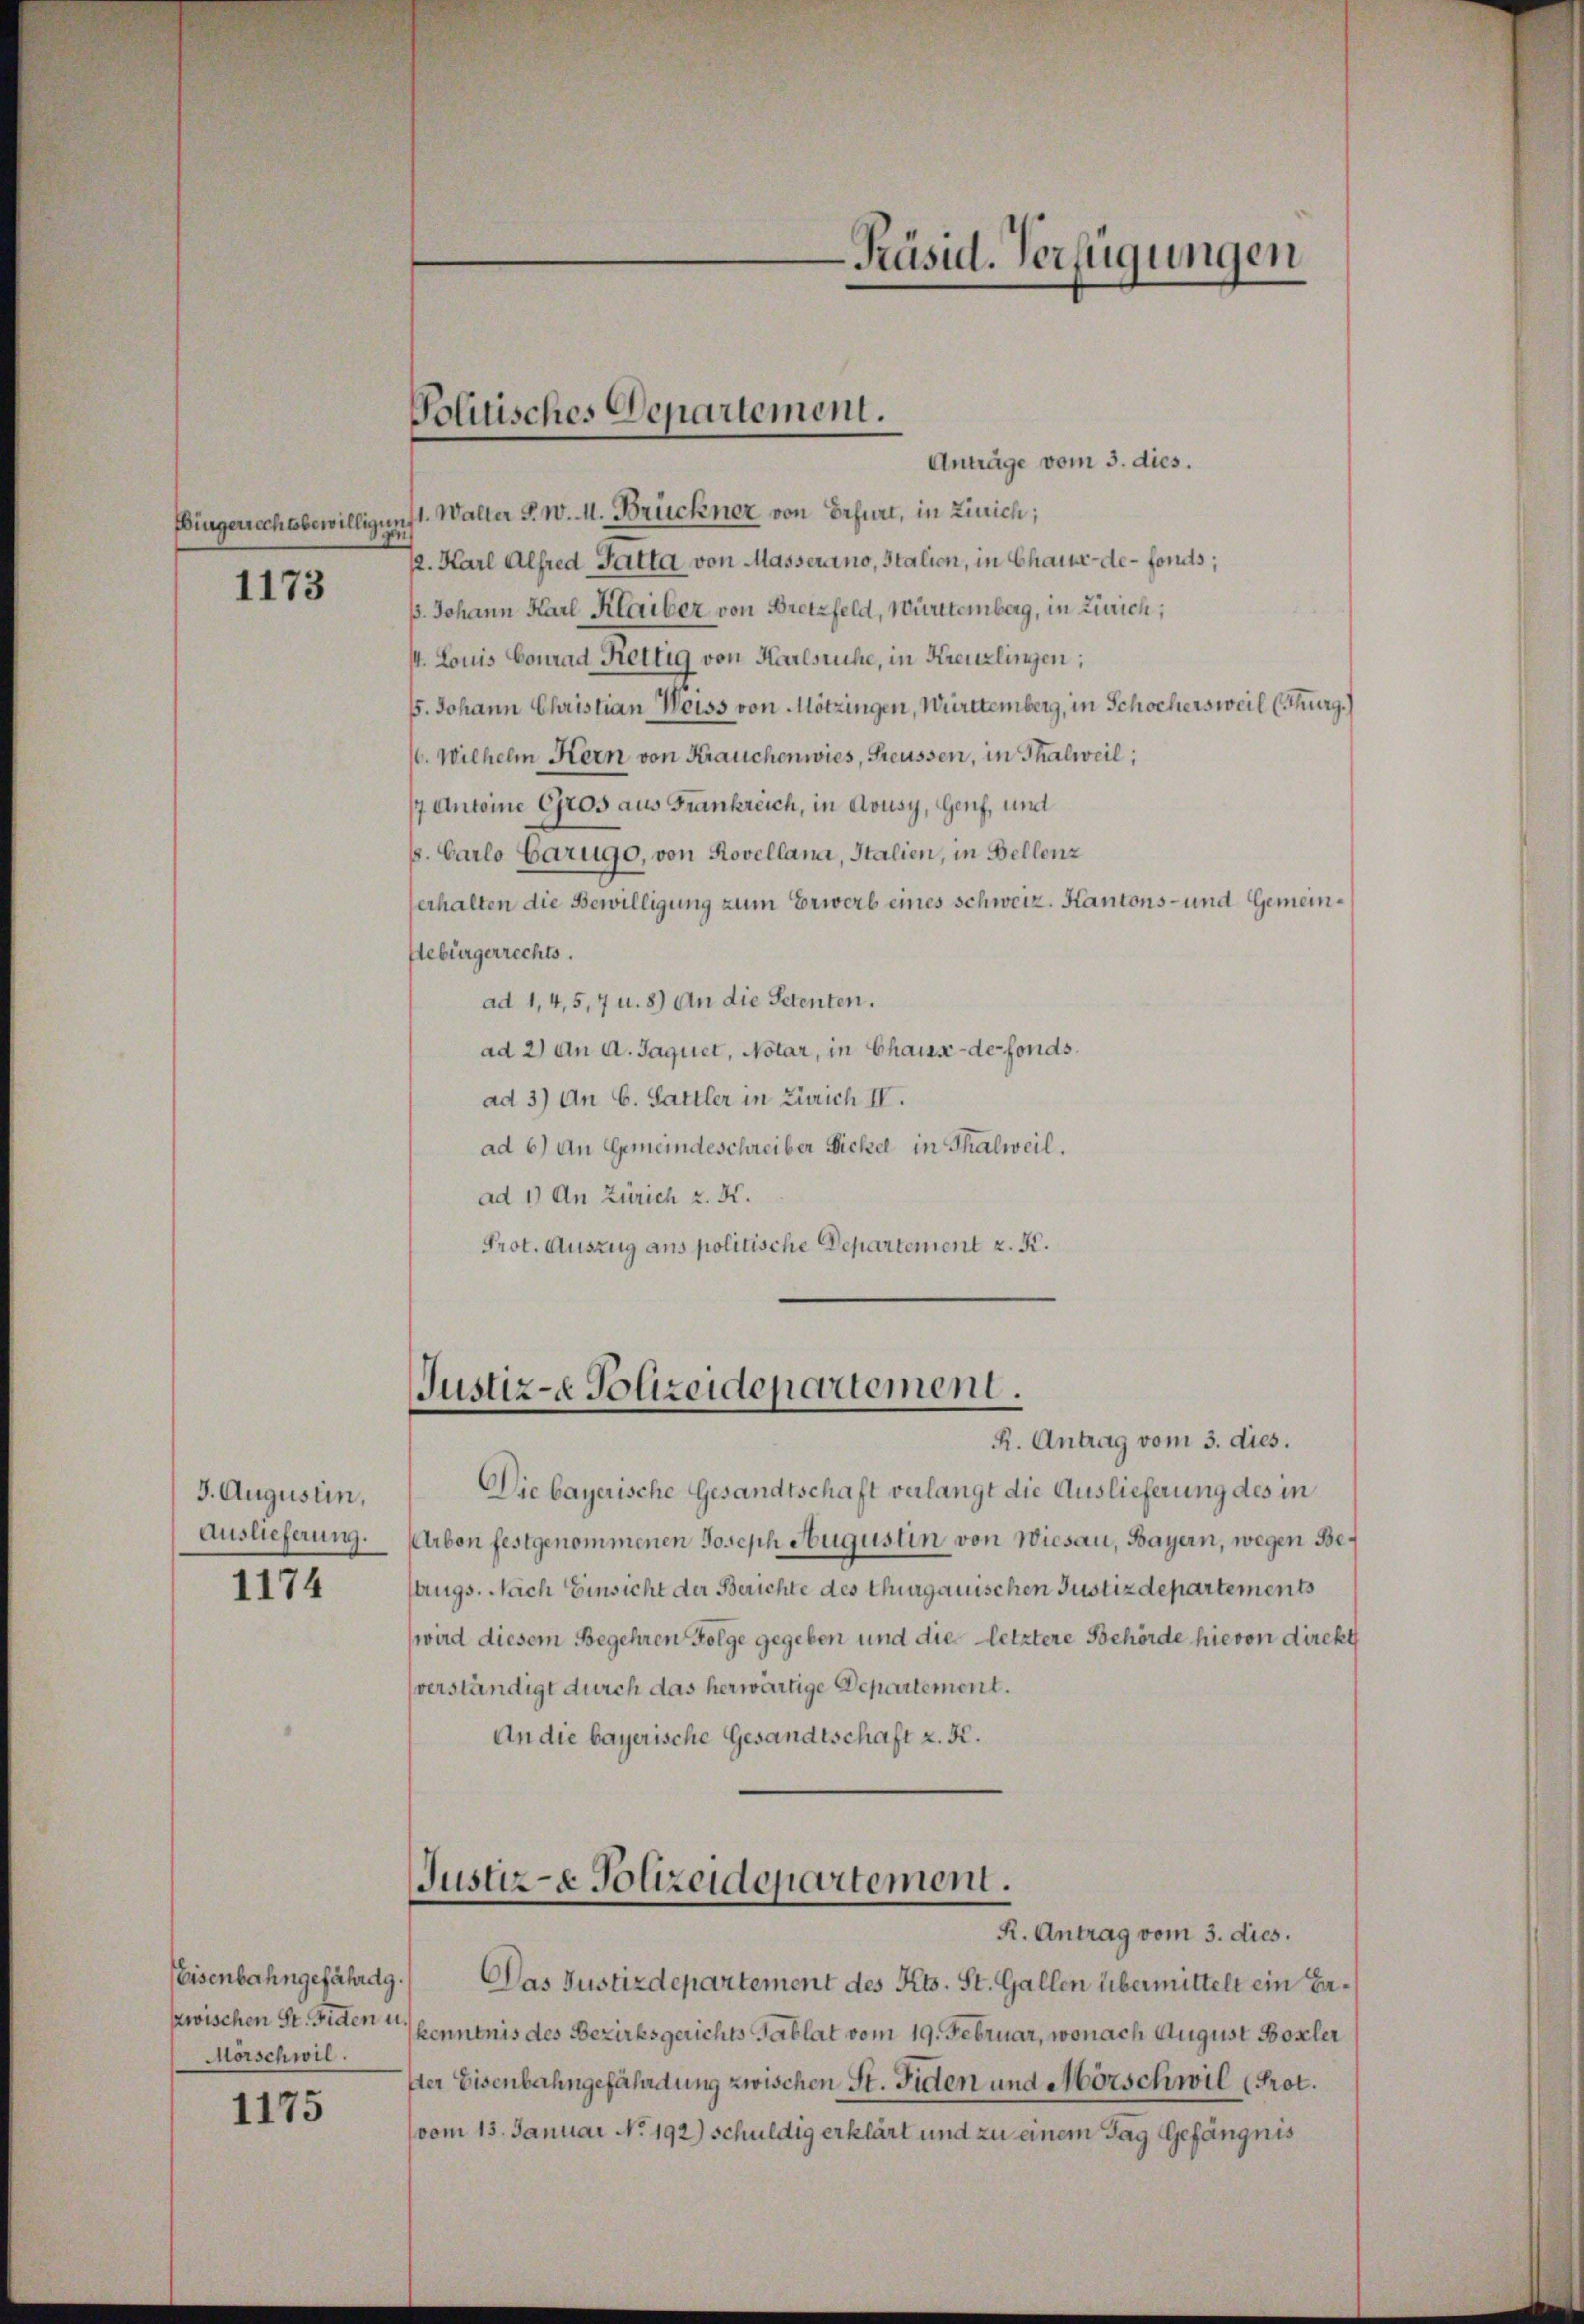
Ebingerrechtsbewilligun

1173

J. Augustin,
Auslieferung.
1174

Anträge vom 3. dies.
1. Walter s. w. M. Brückner von Erfurt, in Zürich;
u
2. Karl Alfred Gatta, von Masserano, Italien, in Chaux-de-Forts;
ß. Johann Karl Klaiber von Bretzfeld, Württemberg, in Zürich;
4. Louis Conrad Kettig von Harlsruhe, in Kreuzlingen;
55. Johann Christian Weiss von Mötzingen, Württemberg, in Schochersweil (Thurg.)
6. Wilhelm Kern von Krauchenwies, Freussen, in Thalweil;
7 Antoine Gros aus Frankreich, in dousy, Genf, und
s. Carlo Garugo, von Rovellana, Italien, in Bellenz
erhalten die Bewilligung zum Erwerb eines Schweiz. Kantons- und Gemein¬
Gebürgerrechts.
ad 1, 4, 5,7 u. 8) An die Petenten.
ad 2) an d. Jaquet, Notar, in Chaus-defonds.
ad 3) An G. Sattler in Zürich IV.
ad 6) An Gemeindeschreiber Dickel in Thalweil.
ad 1) An Zürich z. K.
Prot. Auszug aus politische Departement z. K.

Eisenbahngefährdg.
zwischen St. Fiden u.
Morschwil.

1175

Politisches Departement.

Justiz- Polizeidepartement.

-Präsid. Verfügungen

R. Antrag vom 3. dies.
Die bayerische Gesandtschaft verlangt die Auslieferung des in
Arbon festgenommenen Joseph Augustin von Wiesau, Bayern, wegen Beugs. Nach Einsicht der Berichte des Thurgauischen Justizdepartements
(wird diesem Begehren Folge gegeben und die letztere Behörde hievon direkt
verständigt durch das herwärtige Departement.
An die bayerische Gesandtschaft z. B.

Justiz- & Polizeidepartement.
R. Antrag vom 3. dies.

Das Justizdepartement des Kts. St. Gallen übermittelt ein Erkenntnis des Bezirksgerichts Tablat vom 19. Februar, wonach August Boxler
Der Eisenbahngefährdung zwischen St. Fiden und Mörschwil (Prot.
vom 15. Januar No. 192) schuldig erklärt und zu einem Tag Gefängnis